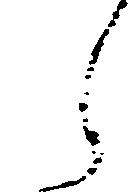
ら